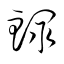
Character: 鰥